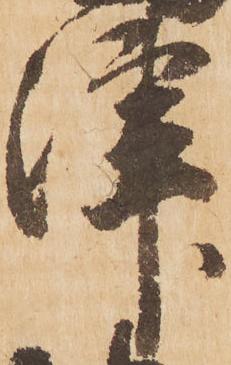
津